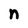
Character: n